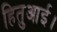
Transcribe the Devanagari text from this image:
हितुआई।